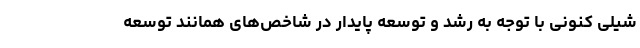
شیلی کنونی با توجه به رشد و توسعه پایدار در شاخص‌های همانند توسعه